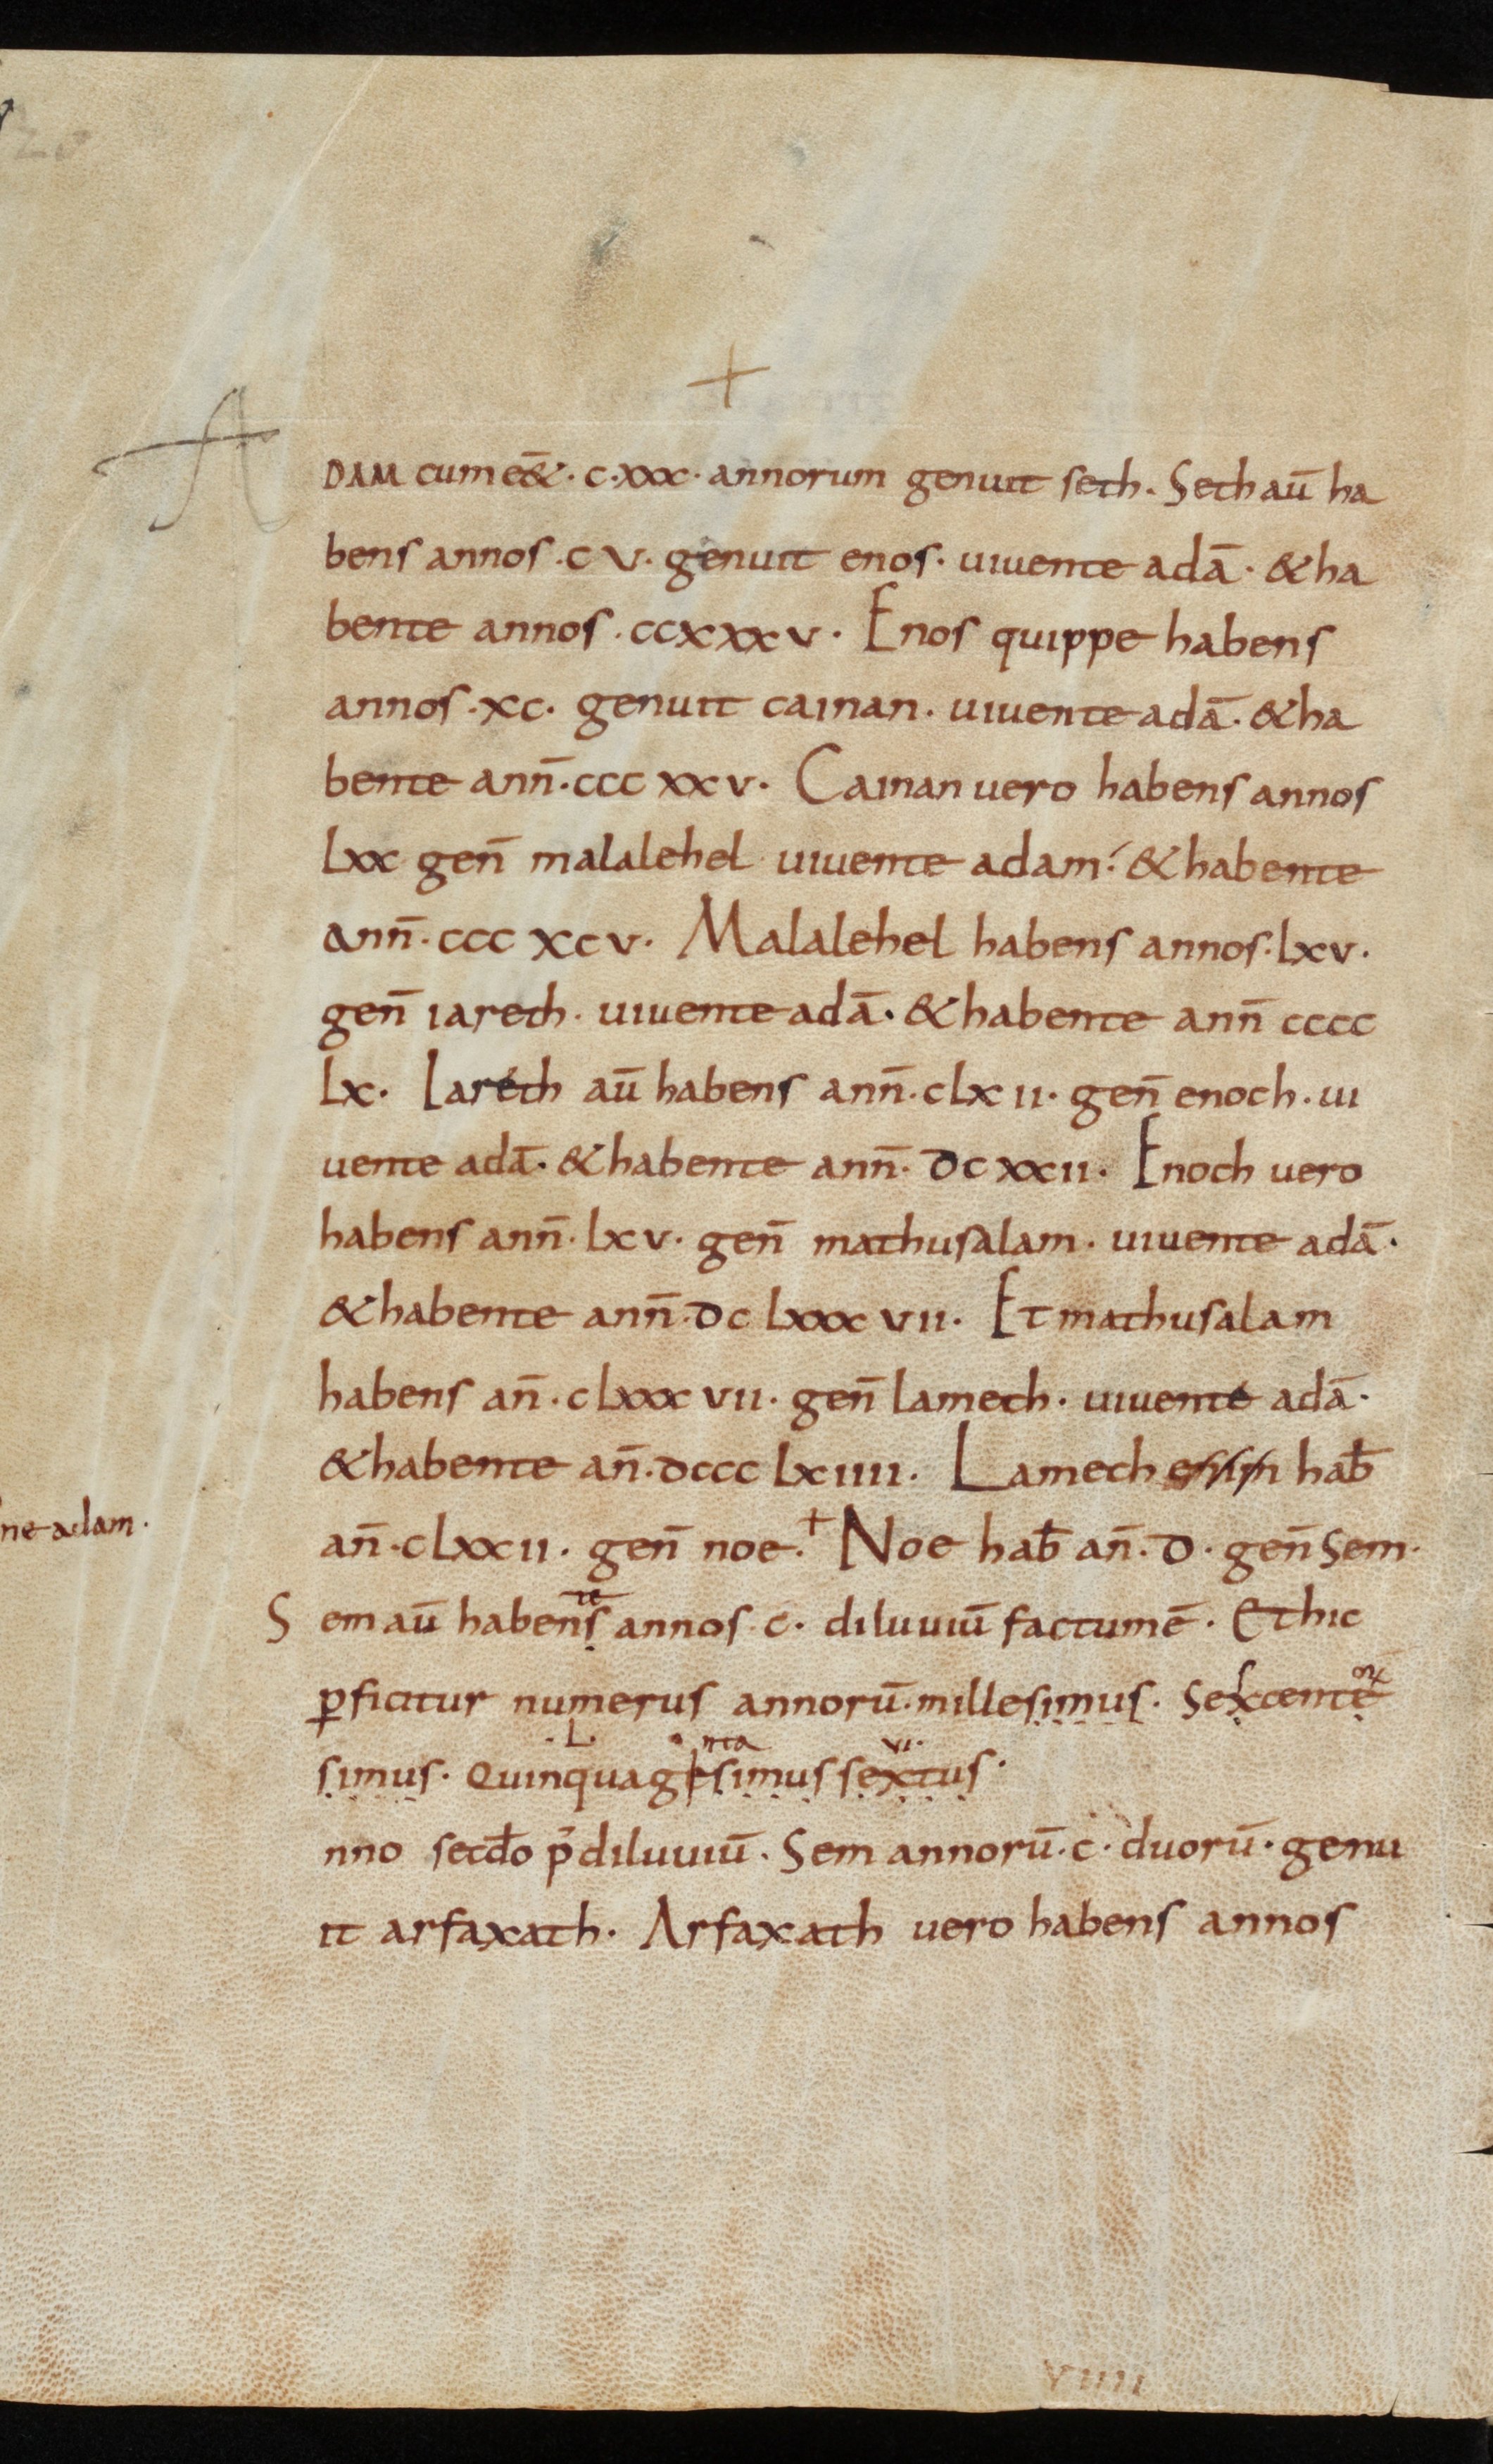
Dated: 900–999